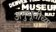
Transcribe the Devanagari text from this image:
अनुभूतीच्या